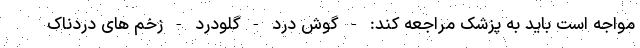
مواجه است باید به پزشک مراجعه کند: - گوش درد - گلودرد - زخم های دردناک